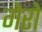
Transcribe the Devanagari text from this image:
गेरो